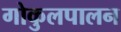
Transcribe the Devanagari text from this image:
गोकुलपालन